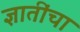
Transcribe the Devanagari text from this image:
ज्ञातींचा